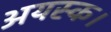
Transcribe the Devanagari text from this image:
अयस्क।